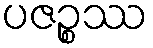
ပဇဉ္စဿ